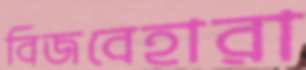
বিজবেহারা